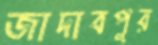
জাদাবপুর